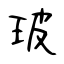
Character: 玻